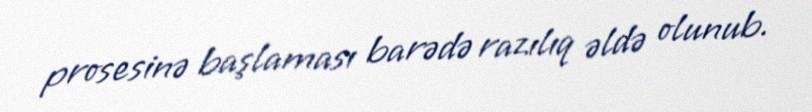
prosesinə başlaması barədə razılıq əldə olunub.